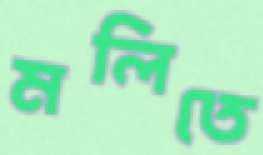
মলিতে